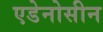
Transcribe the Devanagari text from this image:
एडेनोसीन